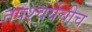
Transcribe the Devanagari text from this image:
तपश्चर्येचीच